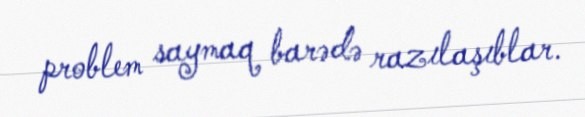
problem saymaq barədə razılaşıblar.